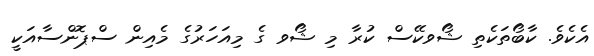
އެކެވެ. ކާބޯތަކެތި ޝޯވކޭސް ކުރާ މި ޝޯވ ގެ މިއަހަރުގެ މެއިން ސްޕޮންސާއަކީ